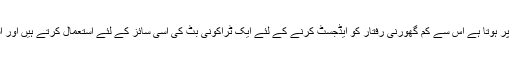
بہترین نتائج 50% کیا آپ عام طور پر ہوتا ہے اس سے کم گھورنی رفتار کو ایڈجسٹ کرنے کے لئے ایک ٹراکونی بٹ کی اسی سائز کے لئے استعمال کرتے ہیں اور اسی رقم سے بٹ پر وزن کم کرنے ۔